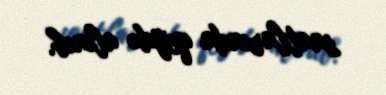
saatlarında qeydə alınıb.